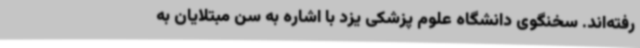
رفته‌اند. سخنگوی دانشگاه علوم پزشکی یزد با اشاره به سن مبتلایان به